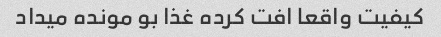
کیفیت واقعا افت کرده غذا بو مونده میداد